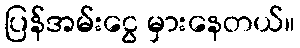
ပြန်အမ်းငွေ မှားနေတယ်။